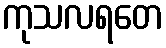
ကုသလရတေ